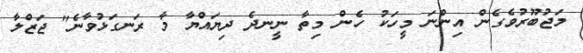
މަޖުބޫރުވެގެން އިންނަ މީހަކު ހެން މިތާ ނީނދެ ދިޔައްޔާ މާ ރަނގަޅުވާނެ" ޖަޒްލާ